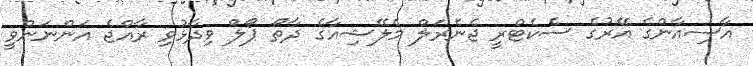
އާސިއާންގެ އޭރުގެ ސެކެޓްރީ ޖެނެރަލް މެލޭޝިއާގެ ދާތޯ ޕޯލް ވިދާޅުވި ރާއްޖެ އަންނަންވީ